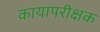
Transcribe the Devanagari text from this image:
कायापरीक्षक